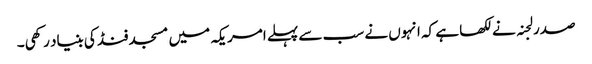
صدر لجنہ نے لکھا ہے کہ انہوں نے سب سے پہلے امریکہ میں مسجد فنڈ کی بنیاد رکھی۔